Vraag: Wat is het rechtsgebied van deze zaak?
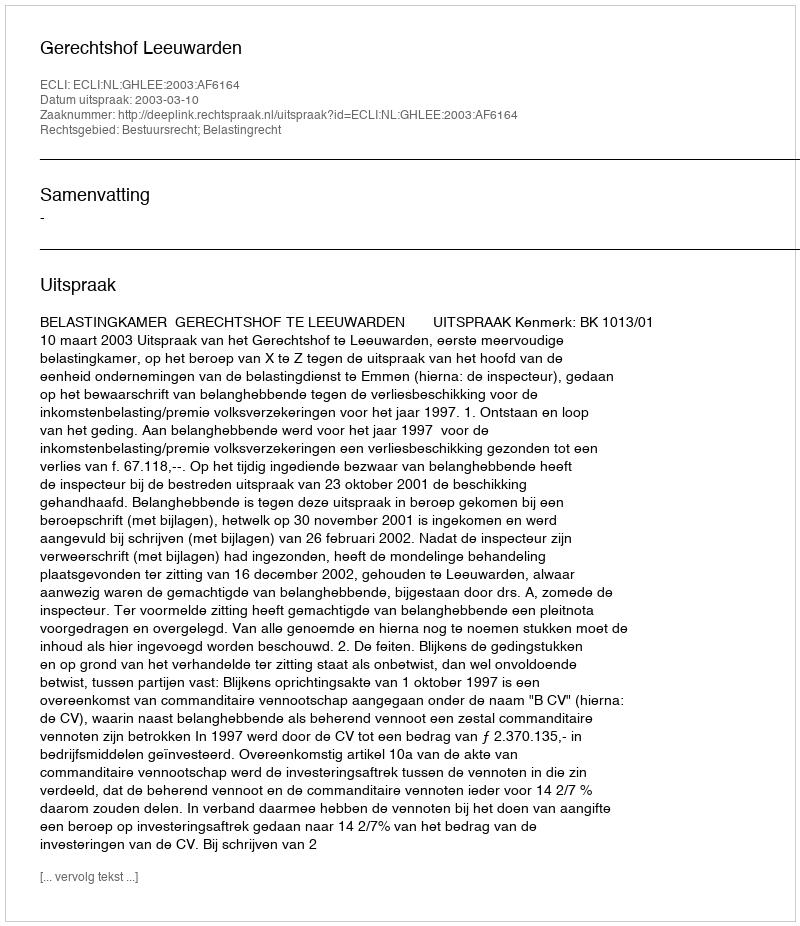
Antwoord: Bestuursrecht; Belastingrecht